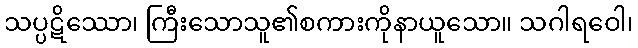
သပ္ပဋိဿော၊ ကြီးသောသူ၏စကားကိုနာယူသော။ သဂါရဝေါ၊